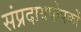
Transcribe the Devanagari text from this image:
संप्रदायपोषकों